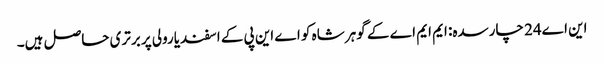
این اے24 چارسدہ: ایم ایم اے کے گوہر شاہ کو اے این پی کے اسفندیارولی پر برتری حاصل ہیں۔